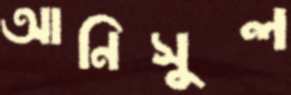
আনিসুল